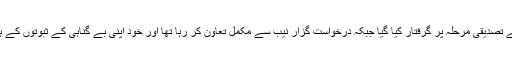
درخواست گزار کو شکایت کے تصدیقی مرحلہ پر گرفتار کیا گیا جبکہ درخواست گزار نیب سے مکمل تعاون کر رہا تھا اور خود اپنی بے گناہی کے ثبوتوں کے ہمراہ نیب کے سامنے پیش ہوا۔